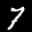
Digit: 7